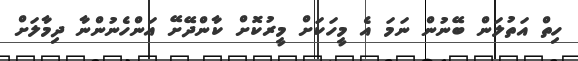
ހިތް އަތުލަން ބޭނުން ނަމަ އެ މީހަކަށް މީރުކޮށް ކާންދޭށޭ އަންހެނުންނާ ދިމާލަށް